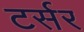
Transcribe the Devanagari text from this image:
टर्सर